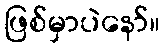
ဖြစ်မှာပဲနော်။